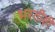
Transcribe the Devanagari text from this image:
भरतीही